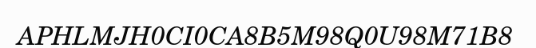
APHLMJH0CI0CA8B5M98Q0U98M71B8